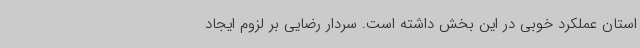
استان عملکرد خوبی در این بخش داشته است. سردار رضایی بر لزوم ایجاد